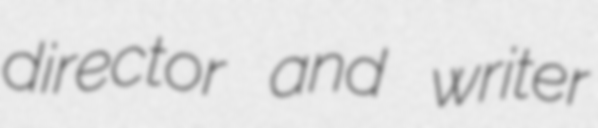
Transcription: director and writer